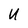
Character: U